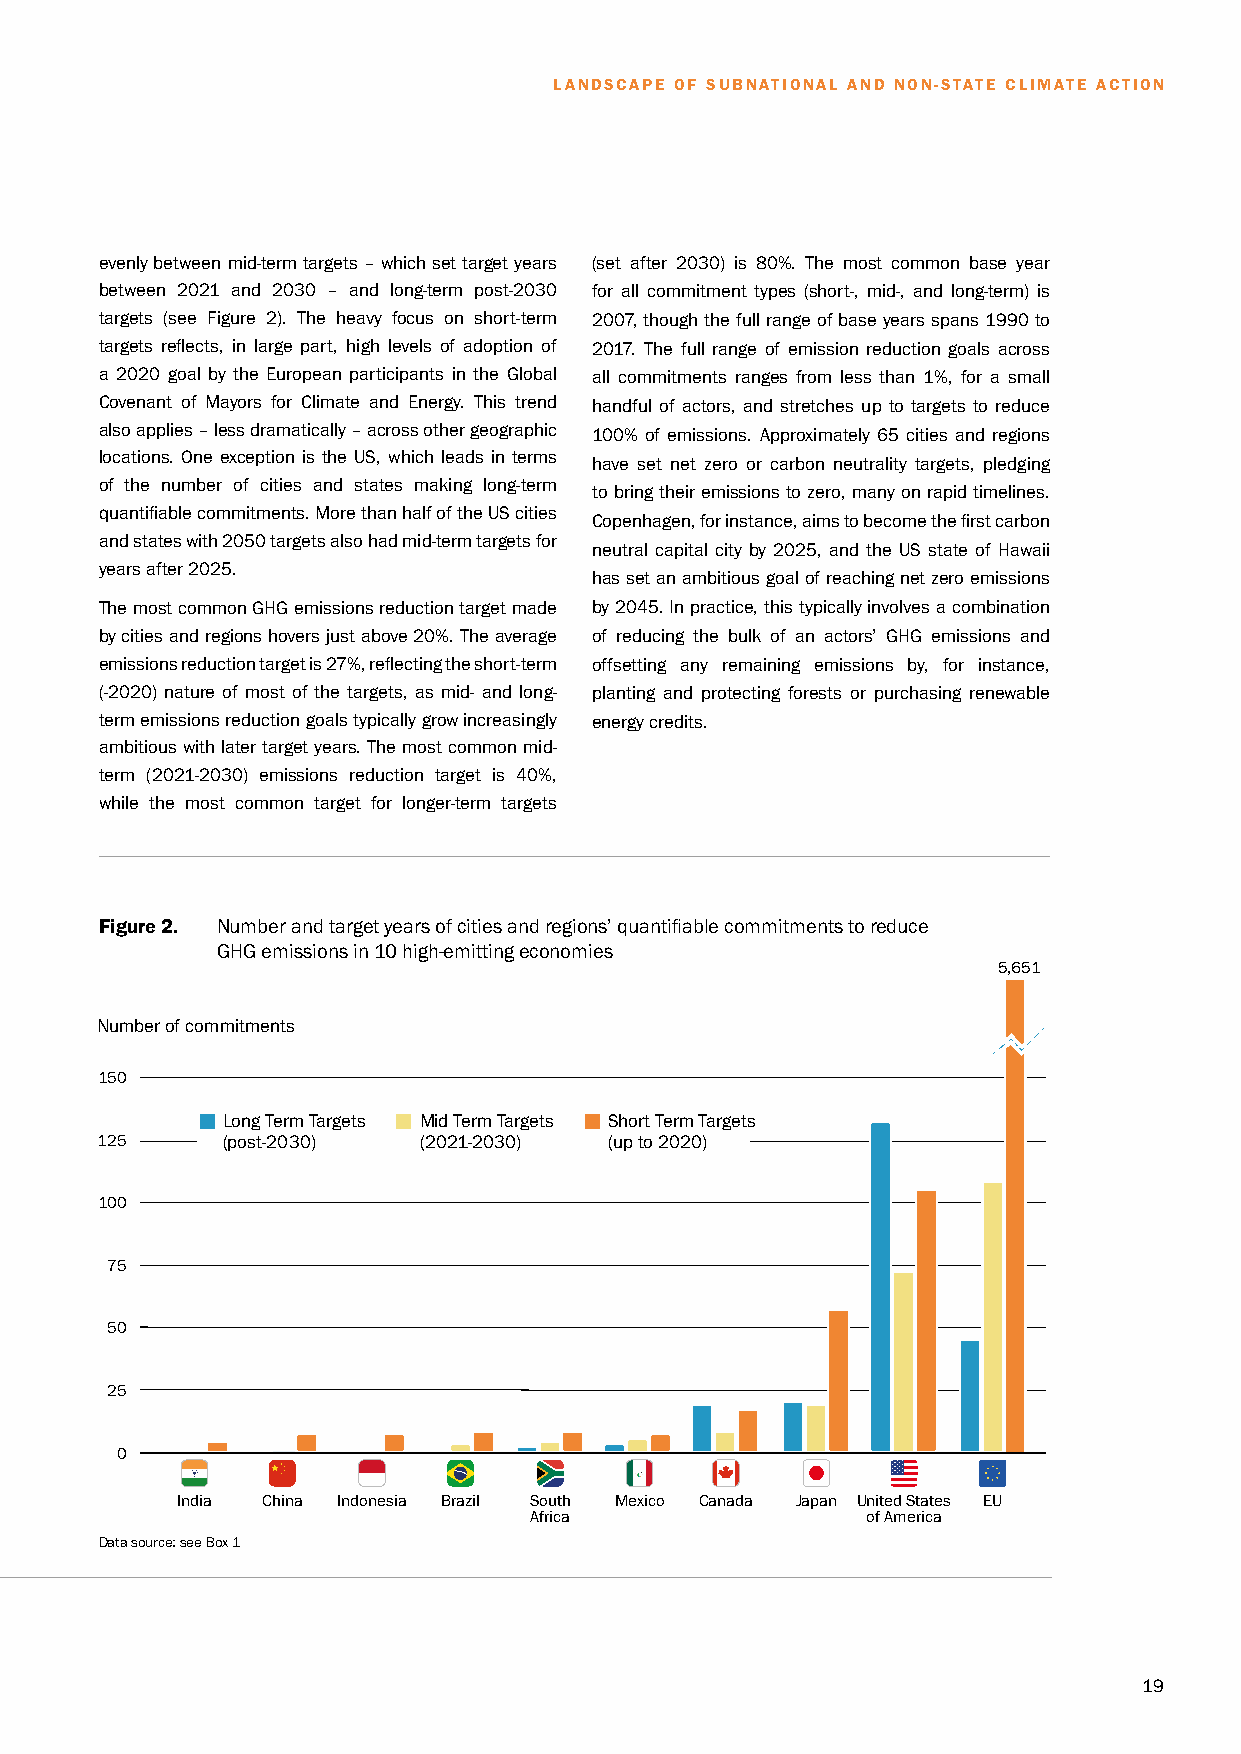
LANDSCAPE OF SUBNATIONAL AND NON-STATE CLIMATE ACTION
 evenly between mid-term targets – which set target years (set after 2030) is 80%. The most common base year
 between 2021 and 2030 – and long-term post-2030 for all commitment types (short-, mid-, and long-term) is
 targets (see Figure 2). The heavy focus on short-term 2007, though the full range of base years spans 1990 to
 targets reflects, in large part, high levels of adoption of 2017. The full range of emission reduction goals across
 a 2020 goal by the European participants in the Global all commitments ranges from less than 1%, for a small
 Covenant of Mayors for Climate and Energy. This trend handful of actors, and stretches up to targets to reduce
 also applies – less dramatically – across other geographic 100% of emissions. Approximately 65 cities and regions
 locations. One exception is the US, which leads in terms have set net zero or carbon neutrality targets, pledging
 of the number of cities and states making long-term
 to bring their emissions to zero, many on rapid timelines.
 quantifiable commitments. More than half of the US cities
 Copenhagen, for instance, aims to become the first carbon
 and states with 2050 targets also had mid-term targets for
 neutral capital city by 2025, and the US state of Hawaii
 years after 2025.
 has set an ambitious goal of reaching net zero emissions
 The most common GHG emissions reduction target made by 2045. In practice, this typically involves a combination
 by cities and regions hovers just above 20%. The average of reducing the bulk of an actors’ GHG emissions and
 emissions reduction target is 27%, reflecting the short-term offsetting any remaining emissions by, for instance,
 (-2020) nature of most of the targets, as mid- and long- planting and protecting forests or purchasing renewable
 term emissions reduction goals typically grow increasingly energy credits.
 ambitious with later target years. The most common mid-
 term (2021-2030) emissions reduction target is 40%,
 while the most common target for longer-term targets
 Figure 2. Number and target years of cities and regions’ quantifiable commitments to reduce
 GHG emissions in 10 high-emitting economies
 5,651
 Number of commitments
 150
 Long Term Targets Mid Term Targets Short Term Targets
 125      (post-2030)  (2021-2030) (up to 2020)
 100
 75
 50
 25
 0
 India China Indonesia Brazil South Mexico Canada Japan United States EU
 Africa                of America
 Data source: see Box 1
 19